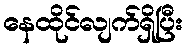
နေထိုင်လျက်ရှိပြီး